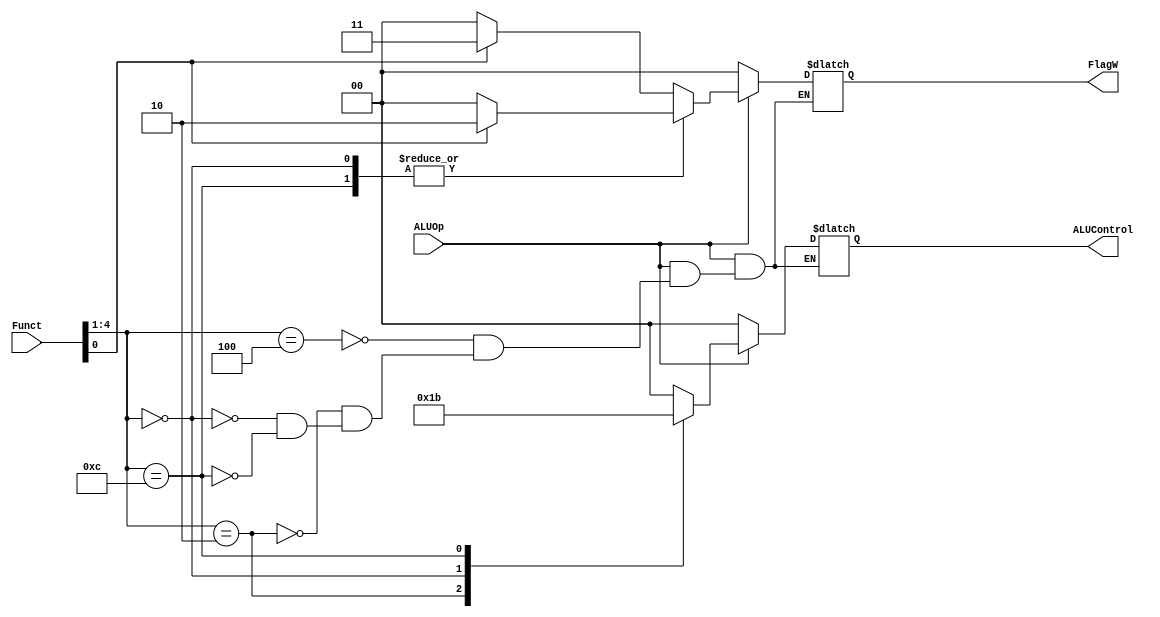
`timescale 1ns / 1ps
//////////////////////////////////////////////////////////////////////////////////
// Company: 
// Engineer: 
// 
// Module Name:    alu_decoder 
// Project Name: 	 pipelined processor
// Revision 0.01 - File Created
// source: Harris page 400
// Additional Comments: 
//
//////////////////////////////////////////////////////////////////////////////////
module alu_decoder(
	input wire [4:0] Funct,				//from instraction
	input wire ALUOp,						//singnal from main decoder
	output reg [1:0] ALUControl,		//routed to alu control 
	output reg [1:0] FlagW				//routed to conditional check
    );


/*
	cmd >> Funct[4:1]
	S	 >> Funct[0]
*/


//alu decoder body
	always @(*)
	if (ALUOp == 0)
		begin
			ALUControl = 2'b00;
			FlagW = 2'b00;
		end
	else
		case (Funct[4:1])		// check the cmd
			4'b0100	:	// Add
							begin
								ALUControl = 2'b00;
								FlagW = (Funct[0])? 2'b11 : 2'b00;
							end
			4'b0010	:	// Sub
							begin
								ALUControl = 2'b01;
								FlagW = (Funct[0])? 2'b11 : 2'b00;
							end	
			4'b0000	:	// AND
							begin
								ALUControl = 2'b10;
								FlagW = (Funct[0])? 2'b10 : 2'b00;
							end	
			4'b1100	:	// OR
							begin
								ALUControl = 2'b11;
								FlagW = (Funct[0])? 2'b10 : 2'b00;
							end								
		endcase

endmodule